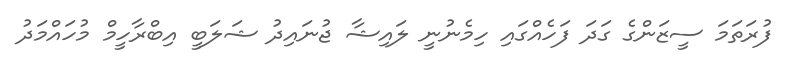
ފުރަތަމަ ސީޒަންގެ ގަދަ ފަހެއްގައި ހިމެނުނީ ލައިޝާ ޖުނައިދު ޝަލަބީ އިބްރާހީމް މުހައްމަދު